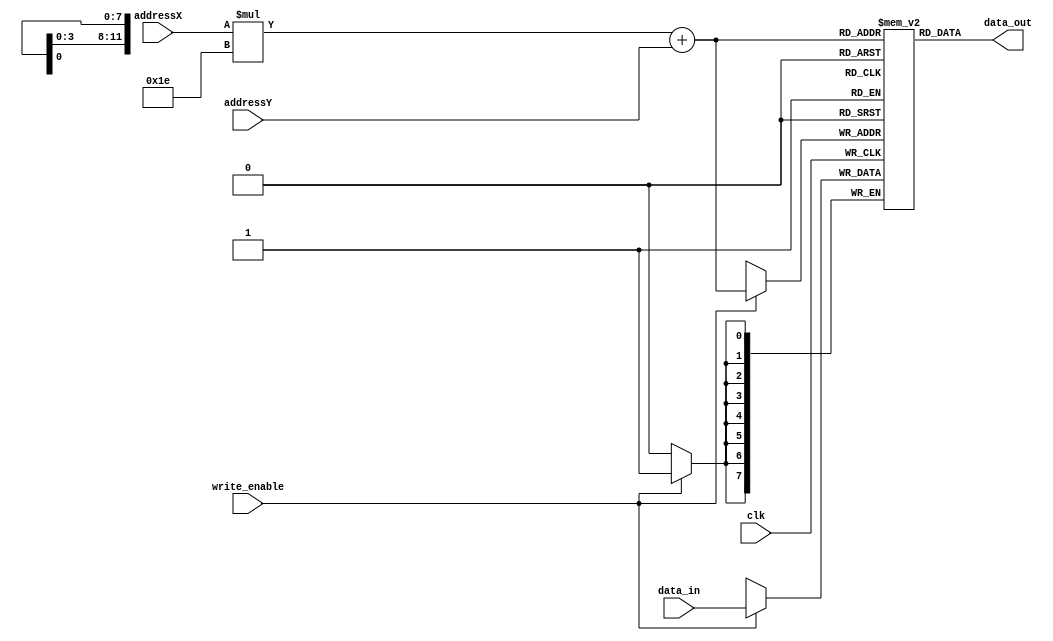
module memory(
    output [7:0] data_out,
    input [7:0] addressX,
	 input [7:0] addressY,
    input [7:0] data_in, 
    input write_enable,
    input clk
);
    reg [7:0] memory [0:79][0:29];

    always @(posedge clk) begin
        if (write_enable) begin
            memory[addressX][addressY] <= data_in;
        end
    end

    assign data_out = memory[addressX][addressY];

endmodule